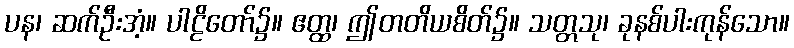
ပန၊ ဆက်ဦးအံ့။ ပါဠိတော်၌။ ဧတ္ထ၊ ဤတတိယစိတ်၌။ သတ္တသု၊ ခုနစ်ပါးကုန်သော။